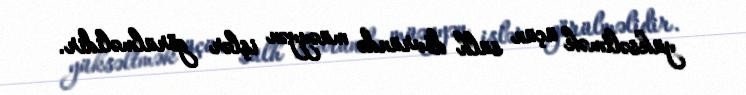
yüksəltmək üçün sülh dövründə müəyyən işlər görülməlidir.